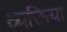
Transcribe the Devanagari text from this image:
व्यक्तिया